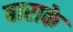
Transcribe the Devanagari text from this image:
बाराके